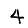
Digit: 4